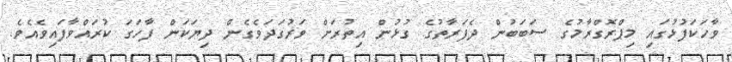
ވާހަކަފުޅުގައި މިޕްރޮގްރާމުގެ ސަބަބުން ދެފަރާތުގެ ގުޅުން އިތުރަށް ވަރުގަދަވެގެން ދިޔަކަން ފާހަގަ ކުރައްވާފައިވެއެވެ.